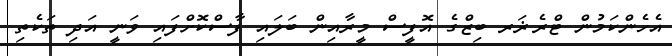
އެހެންކަމުން ޓްރެޜަރ ބިޒްގެ އޮފީސް މީރާއިން ބަލައި ފާސްކޮށްފައި ވަނީ އަދި ތަކެތި